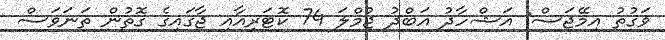
ވަގުތު އިމޭޖަސް: އަޝްހާދު އަބްދު ޖުމްލަ 74 ކޮޓަރިއާއި ޖާގައިގެ ގޮތުން ތަނަވަސް